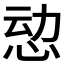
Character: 𮲄